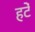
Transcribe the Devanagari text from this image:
हटें